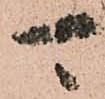
可